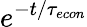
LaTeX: e^{-t/{\tau_{econ}}}